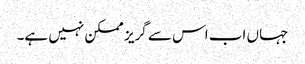
جہاں اب اس سے گریز ممکن نہیں ہے۔